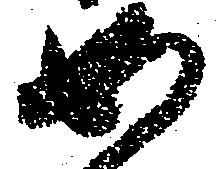
如